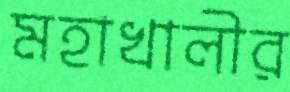
মহাখালীর